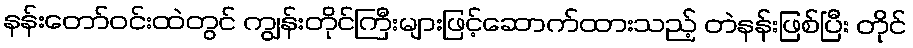
နန်းတော်ဝင်းထဲတွင် ကျွန်းတိုင်ကြီးများဖြင့်ဆောက်ထားသည့် တဲနန်းဖြစ်ပြီး တိုင်